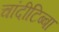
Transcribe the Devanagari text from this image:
चांदीटिब्बा